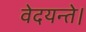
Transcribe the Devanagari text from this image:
वेदयन्ते।